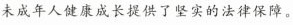
未成年人健康成长提供了坚实的法律保障。